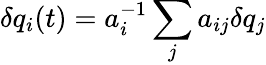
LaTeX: \delta q_{i}(t)=a_{i}^{-1}\sum_{j}a_{ij}\delta q_{j}